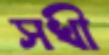
সখী